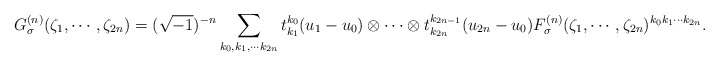
\begin{align*}G^{(n)}_\sigma (\zeta_1 , \cdots , \zeta_{2n})=(\sqrt{-1})^{-n}\sum_{k_0 , k_1 , \cdots k_{2n}} t^{k_0}_{k_1} (u_1 -u_0 ) \otimes \cdots \otimes t^{k_{2n-1}}_{k_{2n}} (u_{2n}-u_0 ) F^{(n)}_\sigma (\zeta_1 , \cdots , \zeta_{2n})^{k_0 k_1 \cdots k_{2n}}. \end{align*}